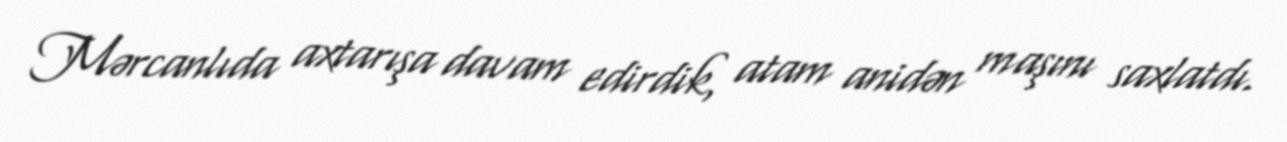
Mərcanlıda axtarışa davam edirdik, atam anidən maşını saxlatdı.